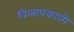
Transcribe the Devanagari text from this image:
विलापकाव्ये